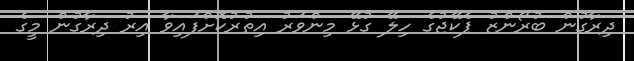
ދިރާގުން ބުރޯންޒު ޕެކޭޖުގެ ހިލޭ ގުޅޭ މިންވަރު އިތުރުކޮށްފައިވާ އިރު ދިރާގުން މީގެ